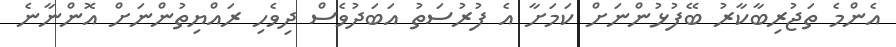
އެންމެ ތަޖުރިބާކާރު ބޭފުޅުންނަށް ކަމަށާ އެ ފުރުސަތު އަބަދުވެސް ދިވެހި ރައްޔިތުންނަށް އޮންނާނެ